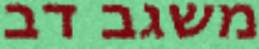
משגב דב